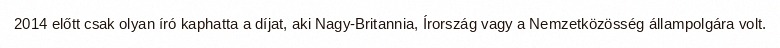
2014 előtt csak olyan író kaphatta a díjat, aki Nagy-Britannia, Írország vagy a Nemzetközösség állampolgára volt.